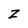
Character: Z